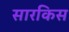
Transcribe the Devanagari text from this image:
सारकिस